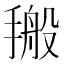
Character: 𰔙